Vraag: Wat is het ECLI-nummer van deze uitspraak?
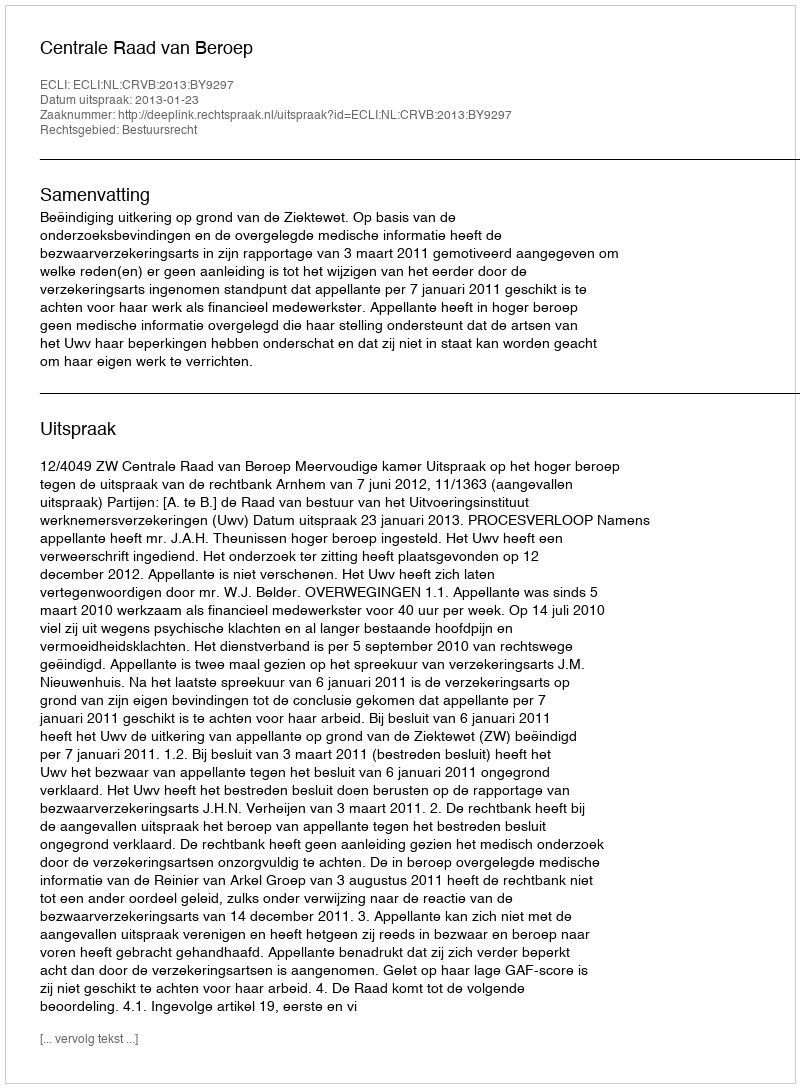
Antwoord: ECLI:NL:CRVB:2013:BY9297